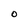
Character: O